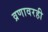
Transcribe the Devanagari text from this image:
व्रणावरही